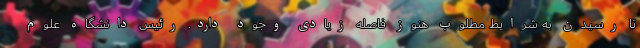
تا رسیدن به شرایط مطلوب هنوز فاصله زیادی وجود دارد. رئیس دانشگاه علوم